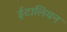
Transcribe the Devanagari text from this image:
ईटालियन